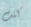
كنت